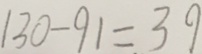
1 3 0 - 9 1 = 3 9